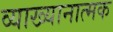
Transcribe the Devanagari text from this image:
व्याख्यानात्मक